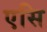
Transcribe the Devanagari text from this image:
एसि